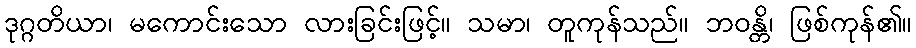
ဒုဂ္ဂတိယာ၊ မကောင်းသော လားခြင်းဖြင့်။ သမာ၊ တူကုန်သည်။ ဘဝန္တိ၊ ဖြစ်ကုန်၏။